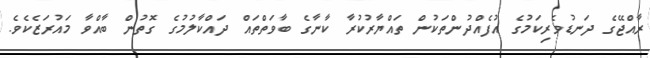
ރާއްޖޭގެ ދަނޑުވެރިކަމުގެ އުފެއްދުންތަކުން ތައްޔާރުކުރާ ކާނާގެ ބާވަތްތައް ދައްކާލުމުގެ ގޮތުން ބާއްވާ މައުރަޒެކެވެ.